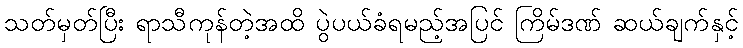
သတ်မှတ်ပြီး ရာသီကုန်တဲ့အထိ ပွဲပယ်ခံရမည့်အပြင် ကြိမ်ဒဏ် ဆယ်ချက်နှင့်